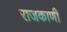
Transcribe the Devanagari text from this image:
राजकाणी